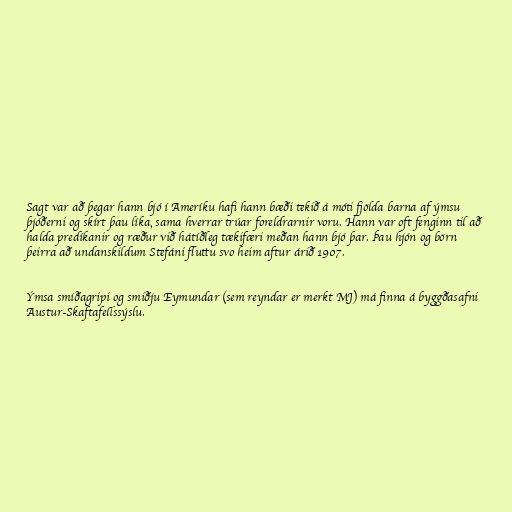
Sagt var að þegar hann bjó í Ameríku hafi hann bæði tekið á móti fjölda barna af ýmsu
þjóðerni og skírt þau líka, sama hverrar trúar foreldrarnir voru. Hann var oft fenginn til að
halda predíkanir og ræður við hátíðleg tækifæri meðan hann bjó þar. Þau hjón og börn
þeirra að undanskildum Stefáni fluttu svo heim aftur árið 1907.

Ýmsa smíðagripi og smiðju Eymundar (sem reyndar er merkt MJ) má finna á byggðasafni
Austur-Skaftafellssýslu.